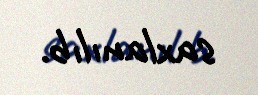
saxlanılıb.